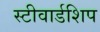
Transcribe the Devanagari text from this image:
स्टीवार्डशिप